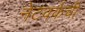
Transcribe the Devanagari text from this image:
नेटवर्कची